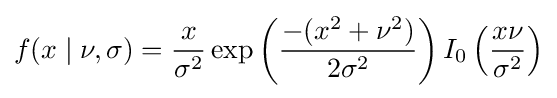
f(x\mid \nu ,\sigma )={\frac {x}{\sigma ^{2}}}\exp \left({\frac {-(x^{2}+\nu ^{2})}{2\sigma ^{2}}}\right)I_{0}\left({\frac {x\nu }{\sigma ^{2}}}\right)